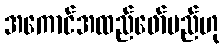
အကောင်အထည်ဖော်မည်ဟု